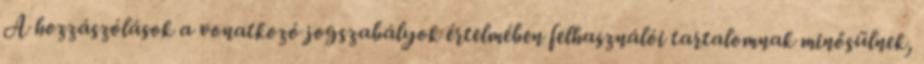
A hozzászólások a vonatkozó jogszabályok értelmében felhasználói tartalomnak minősülnek,